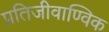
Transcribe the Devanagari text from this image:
प्रतिजीवाण्विक